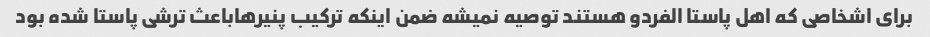
برای اشخاصی که اهل پاستا الفردو هستند توصیه نمیشه ضمن اینکه ترکیب پنیرهاباعث ترشی پاستا شده بود